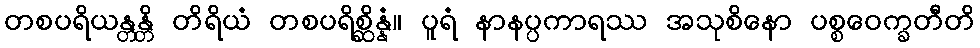
တစပရိယန္တန္တိ တိရိယံ တစပရိစ္ဆိန္နံ။ ပူရံ နာနပ္ပကာရဿ အသုစိနော ပစ္စဝေက္ခတီတိ